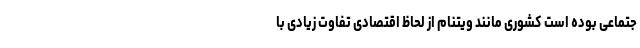
جتماعی بوده است کشوری مانند ویتنام از لحاظ اقتصادی تفاوت زیادی با